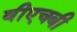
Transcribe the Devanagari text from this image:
वीएचबी